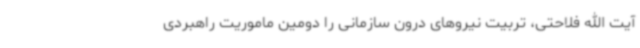
آیت الله فلاحتی، تربیت نیروهای درون سازمانی را دومین ماموریت راهبردی